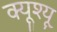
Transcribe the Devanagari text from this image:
क्यूश्यू